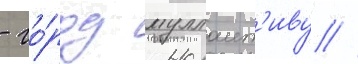
- го́род муллаит'иву //